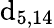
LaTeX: \mathrm{d}_{5,14}